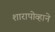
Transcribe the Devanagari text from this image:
शारापोव्हाने